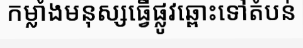
កម្លាំងមនុស្សធ្វើផ្លូវឆ្ពោះទៅតំបន់